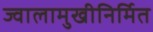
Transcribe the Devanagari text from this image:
ज्वालामुखीनिर्मित